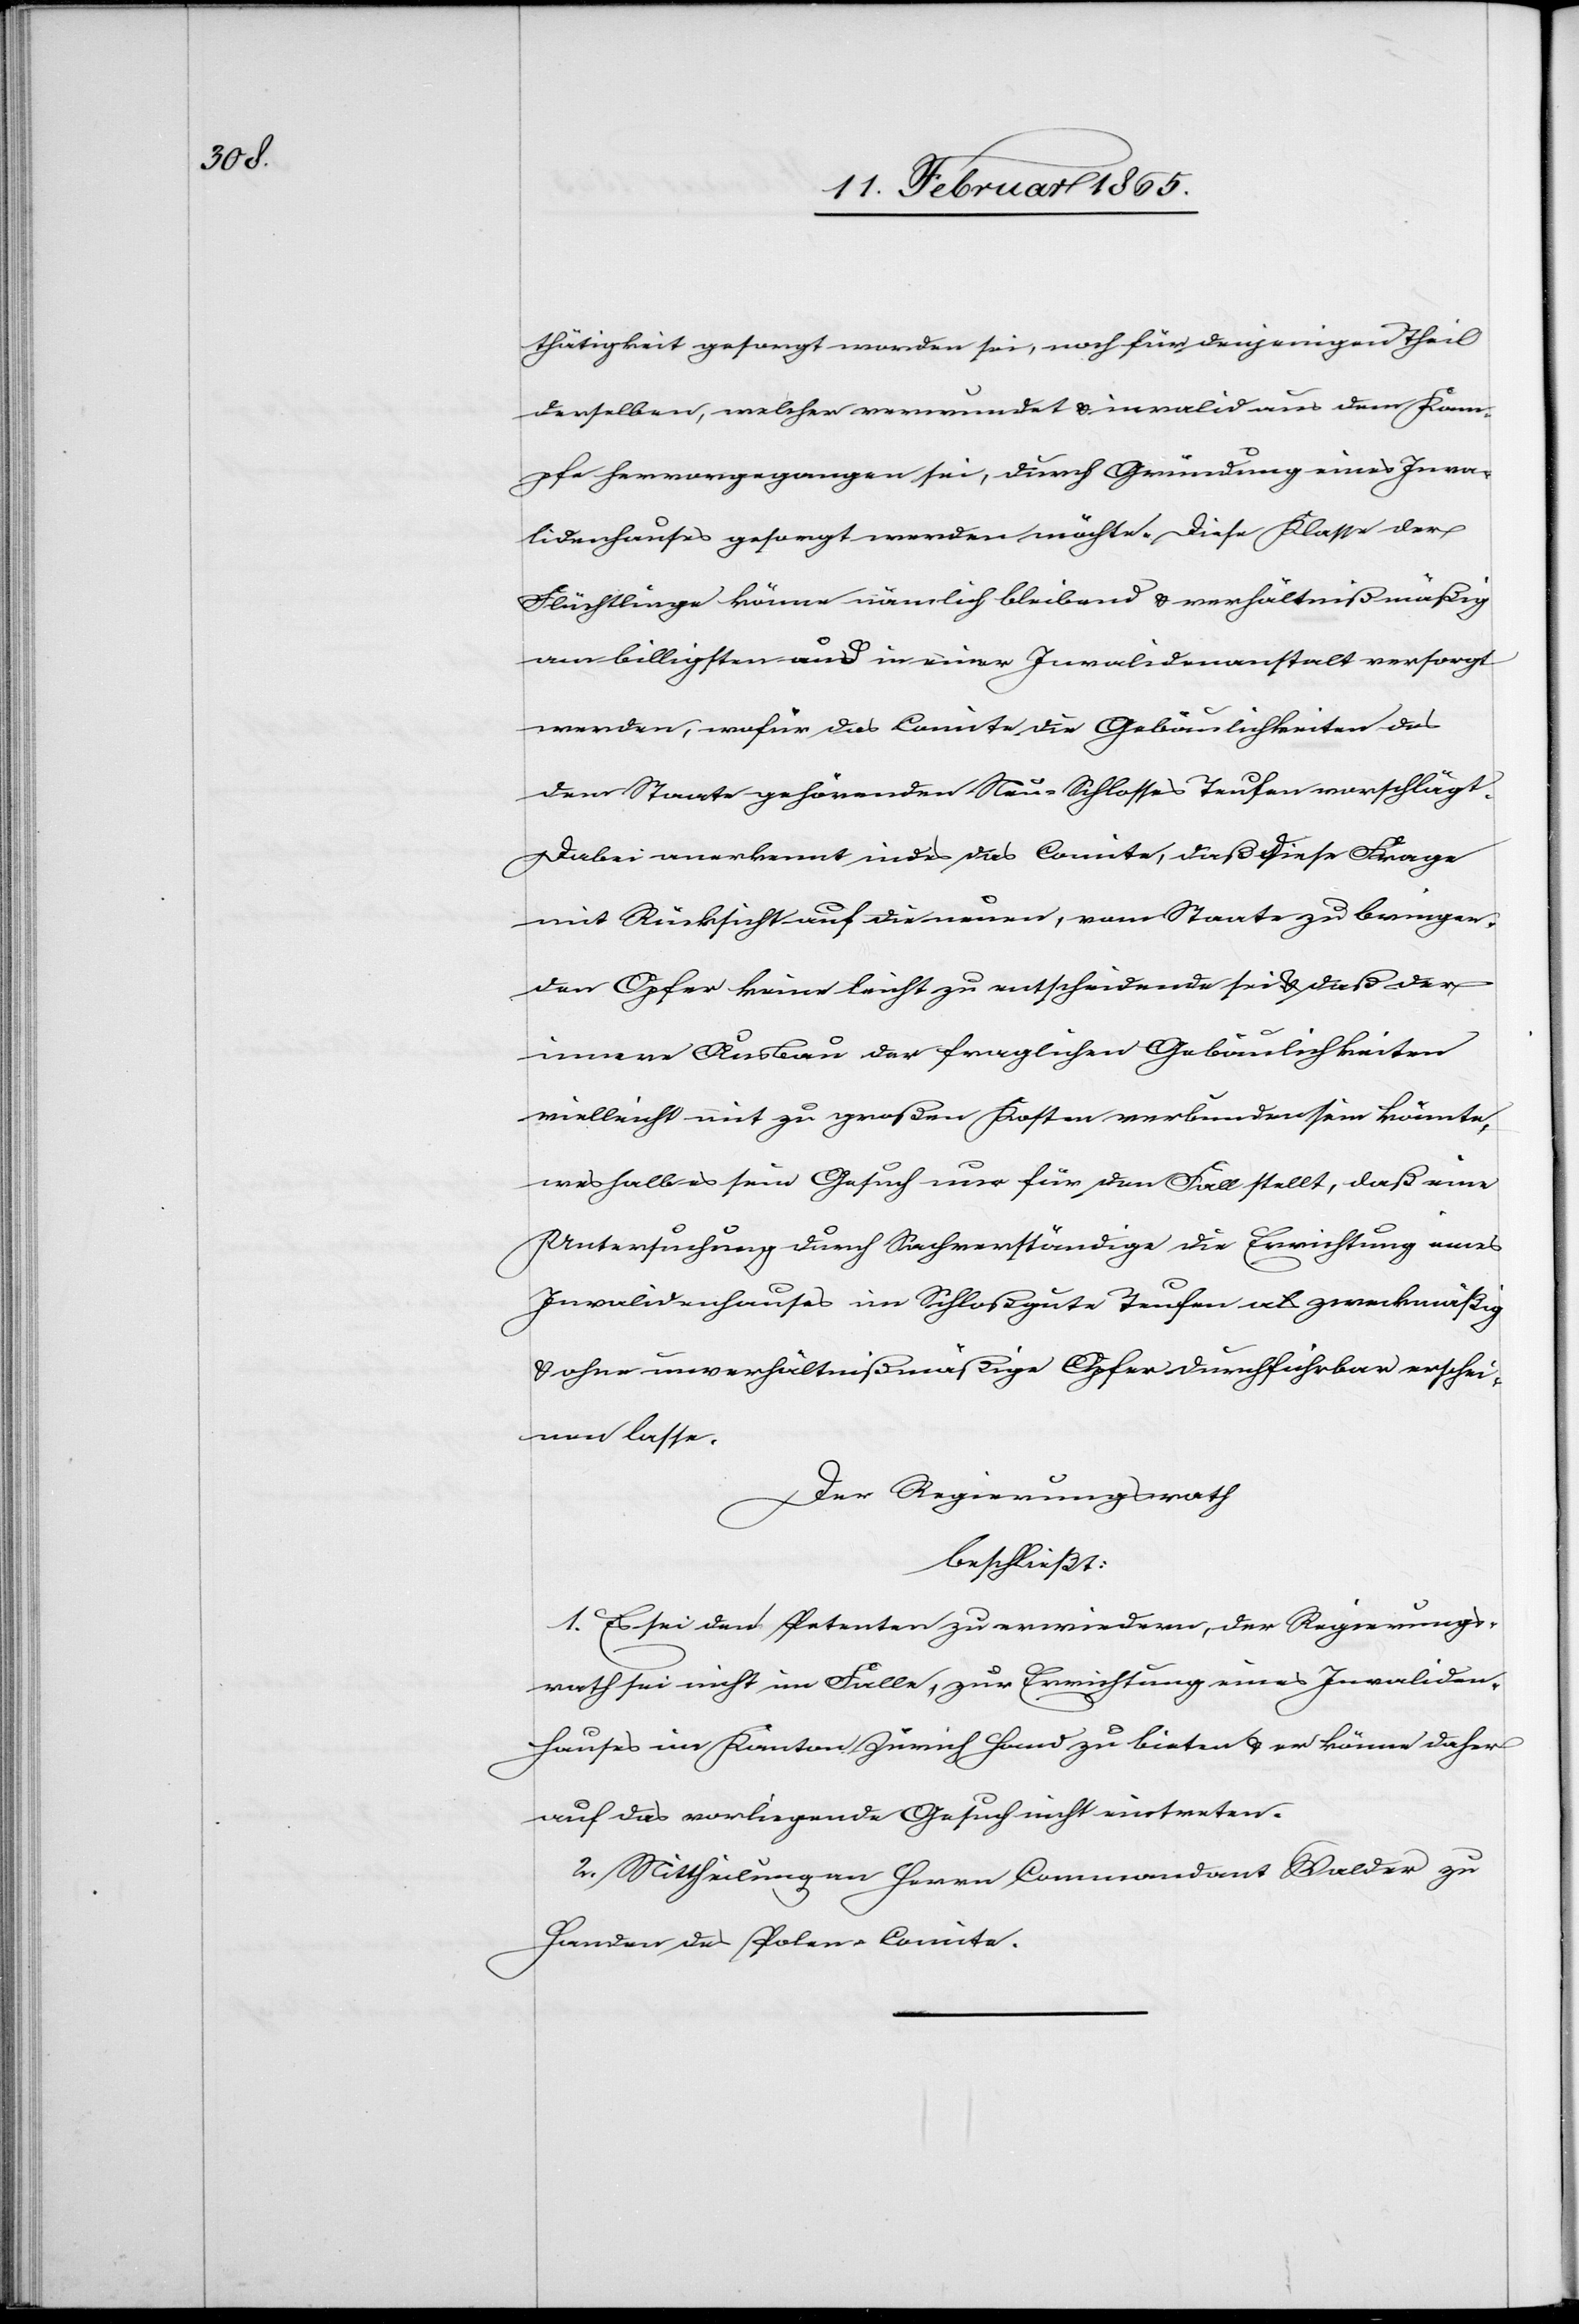
thätigkeit gesorgt worden sei, noch für denjenigen Theil
derselben, welche verwundet u. invalid aus dem Kam¬
pfe hervorgegangen sei, durch Gründung eines Inva¬
lidenhauses gesorgt werden möchte. Diese Klasse der
Flüchtlinge könne nämlich bleibend u. verhältnißmäßig
am billigsten [?aus] in einer Invalidenanstalt versorgt
werden, wofür das Comite die Gebäulichkeiten des
dem Staate gehörenden Neu-Schlosses Teufen vorschlägt.
Dabei anerkennt indes das Comite, daß diese Frage
mit Rücksicht auf die neuen, vom Staate zu bringen¬
den Opfer keine leicht zu entscheidende sei u. daß der
innere Ausbau der fraglichen Gebäulichkeiten
vielleicht mit zu großen Kosten verbunden sein könnte,
weshalb es sein Gesuch nur für den Fall stellt, daß eine
Untersuchung durch Sachverständige die Errichtung eines
Invalidenhauses im Schloßgute Teufen als zweckmäßig
o. ohne unverhältnißmäßige Opfer durchführbar erschei¬
nen lasse.
Der Regierungsrath
beschließt:
1. Es sei den Petenten zu erwiedern, der Regierungs¬
rath sei nicht im Falle, zur Errichtung eines Invaliden¬
hauses im Kanton Zürich Hand zu bieten u. er könne daher
auf das vorliegende Gesuch nicht eintreten.
2. Mittheilung an Herrn Commandant Walder zu
Handen des Polen-Comite.